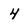
Character: 4